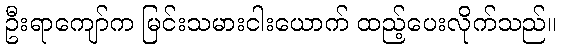
ဦးရာကျော်က မြင်းသမားငါးယောက် ထည့်ပေးလိုက်သည်။